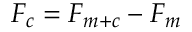
F _ { c } = F _ { m + c } - F _ { m }